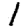
Digit: 1